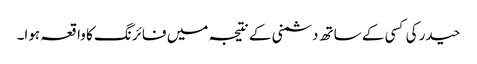
حیدر کی کسی کے ساتھ دشمنی کے نتیجہ میں فائرنگ کا واقعہ ہوا۔